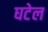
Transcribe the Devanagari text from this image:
घटेल